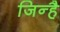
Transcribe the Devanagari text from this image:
जिन्है